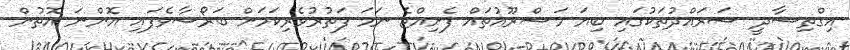
އިގްތިސާދީ ސަރައްދުތަކުގައި ބިޔަ މަޝްރޫއުތައް ފެށިއްޖެ ނަމަ ފަތުރުވެރިކަމަށް ބަރޯސާވެފައި އޮންނަ އޮތުން